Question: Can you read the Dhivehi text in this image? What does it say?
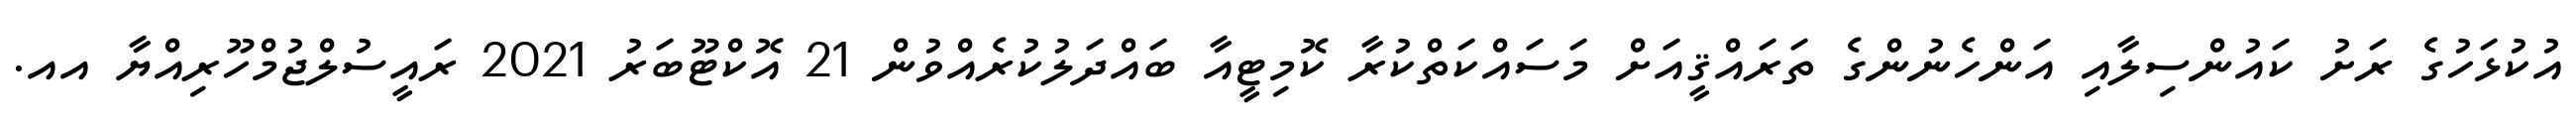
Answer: އުކުޅަހުގެ ރަށު ކައުންސިލާއި އަންހެނުންގެ ތަރައްޤީއަށް މަސައްކަތްކުރާ ކޮމިޓީއާ ބައްދަލުކުރެއްވުން 21 އޮކްޓޫބަރު 2021 ރައީސުލްޖުމްހޫރިއްޔާ އއ.